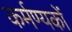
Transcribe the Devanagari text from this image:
कर्मण्यकों